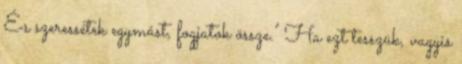
És szeressétek egymást, fogjatok össze." Ha ezt tesszük, vagyis